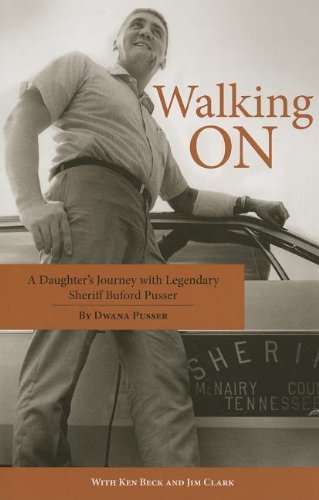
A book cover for Walking On: A Daughter's Journey with Legendary Sheriff Buford Pusser; Dwana Pusser; Biographies & Memoirs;